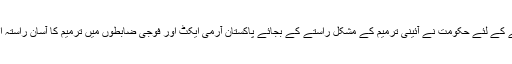
معلوم ہوا ہے کہ آرمی چیف کی توسیع کے معاملے کو حل کرنے کے لئے حکومت نے آئینی ترمیم کے مشکل راستے کے بجائے پاکستان آرمی ایکٹ اور فوجی ضابطوں میں ترمیم کا آسان راستہ اپنانے کا فیصلہ کیا ہے تا کہ اسے اپوزیشن کی مدد نہ لینی پڑے۔